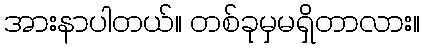
အားနာပါတယ်။ တစ်ခုမှမရှိတာလား။